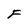
Character: F